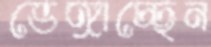
ভেঙ্গাচ্ছেন